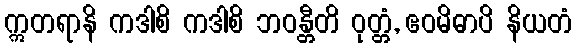
ဣတရာနိ ကဒါစိ ကဒါစိ ဘဝန္တီတိ ဝုတ္တံ, ဧဝမိဓာပိ နိယတံ